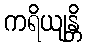
ကရိယျန္တိ